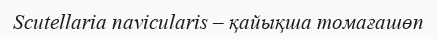
Scutellaria navicularis – қайықша томағашөп